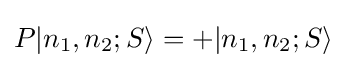
P|n_{1},n_{2};S\rangle =+|n_{1},n_{2};S\rangle